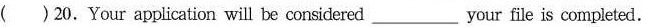
( )20.Your application will be considered ___ your file is completed.